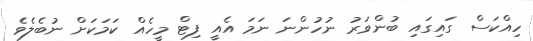
ހިއްކަސް ގައިގައި ބުންވަރު ނުހުންނަ ނަމަ އެއީ ފިޓް މީހެއް ކަމަކަށް ނުބެލެވެ